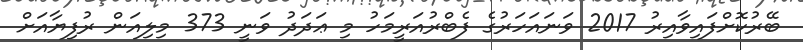
ބޭރުކޮށްފައިވާއިރު 2017 ވަނައަހަރުގެ ފެބްރުއަރީމަހު މި ޢަދަދު ވަނީ 373 މިލިއަން ރުފިޔާއަށް